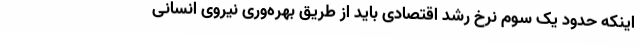
اینکه حدود یک سوم نرخ رشد اقتصادی باید از طریق بهره‌وری نیروی انسانی